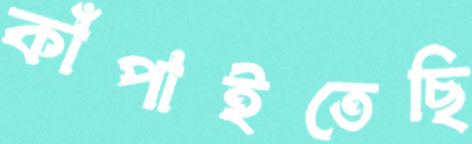
কাঁপাইতেছি